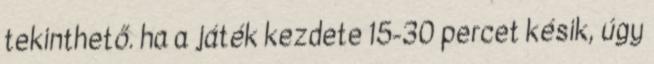
tekinthető. ha a játék kezdete 15-30 percet késik, úgy